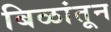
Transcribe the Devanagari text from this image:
बिळांतून